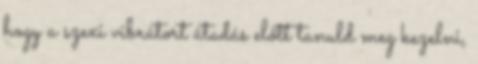
hogy a szexi vibrátort átadás előtt tanuld meg kezelni,